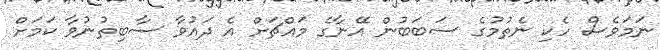
ނަމަވެސް ހެކި ނެތުމުގެ ސަބަބުން އޭނާގެ މައްޗަށް އެ ދައުވާ ސާބިތުނުވާ ކަމަށް